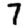
Digit: 7